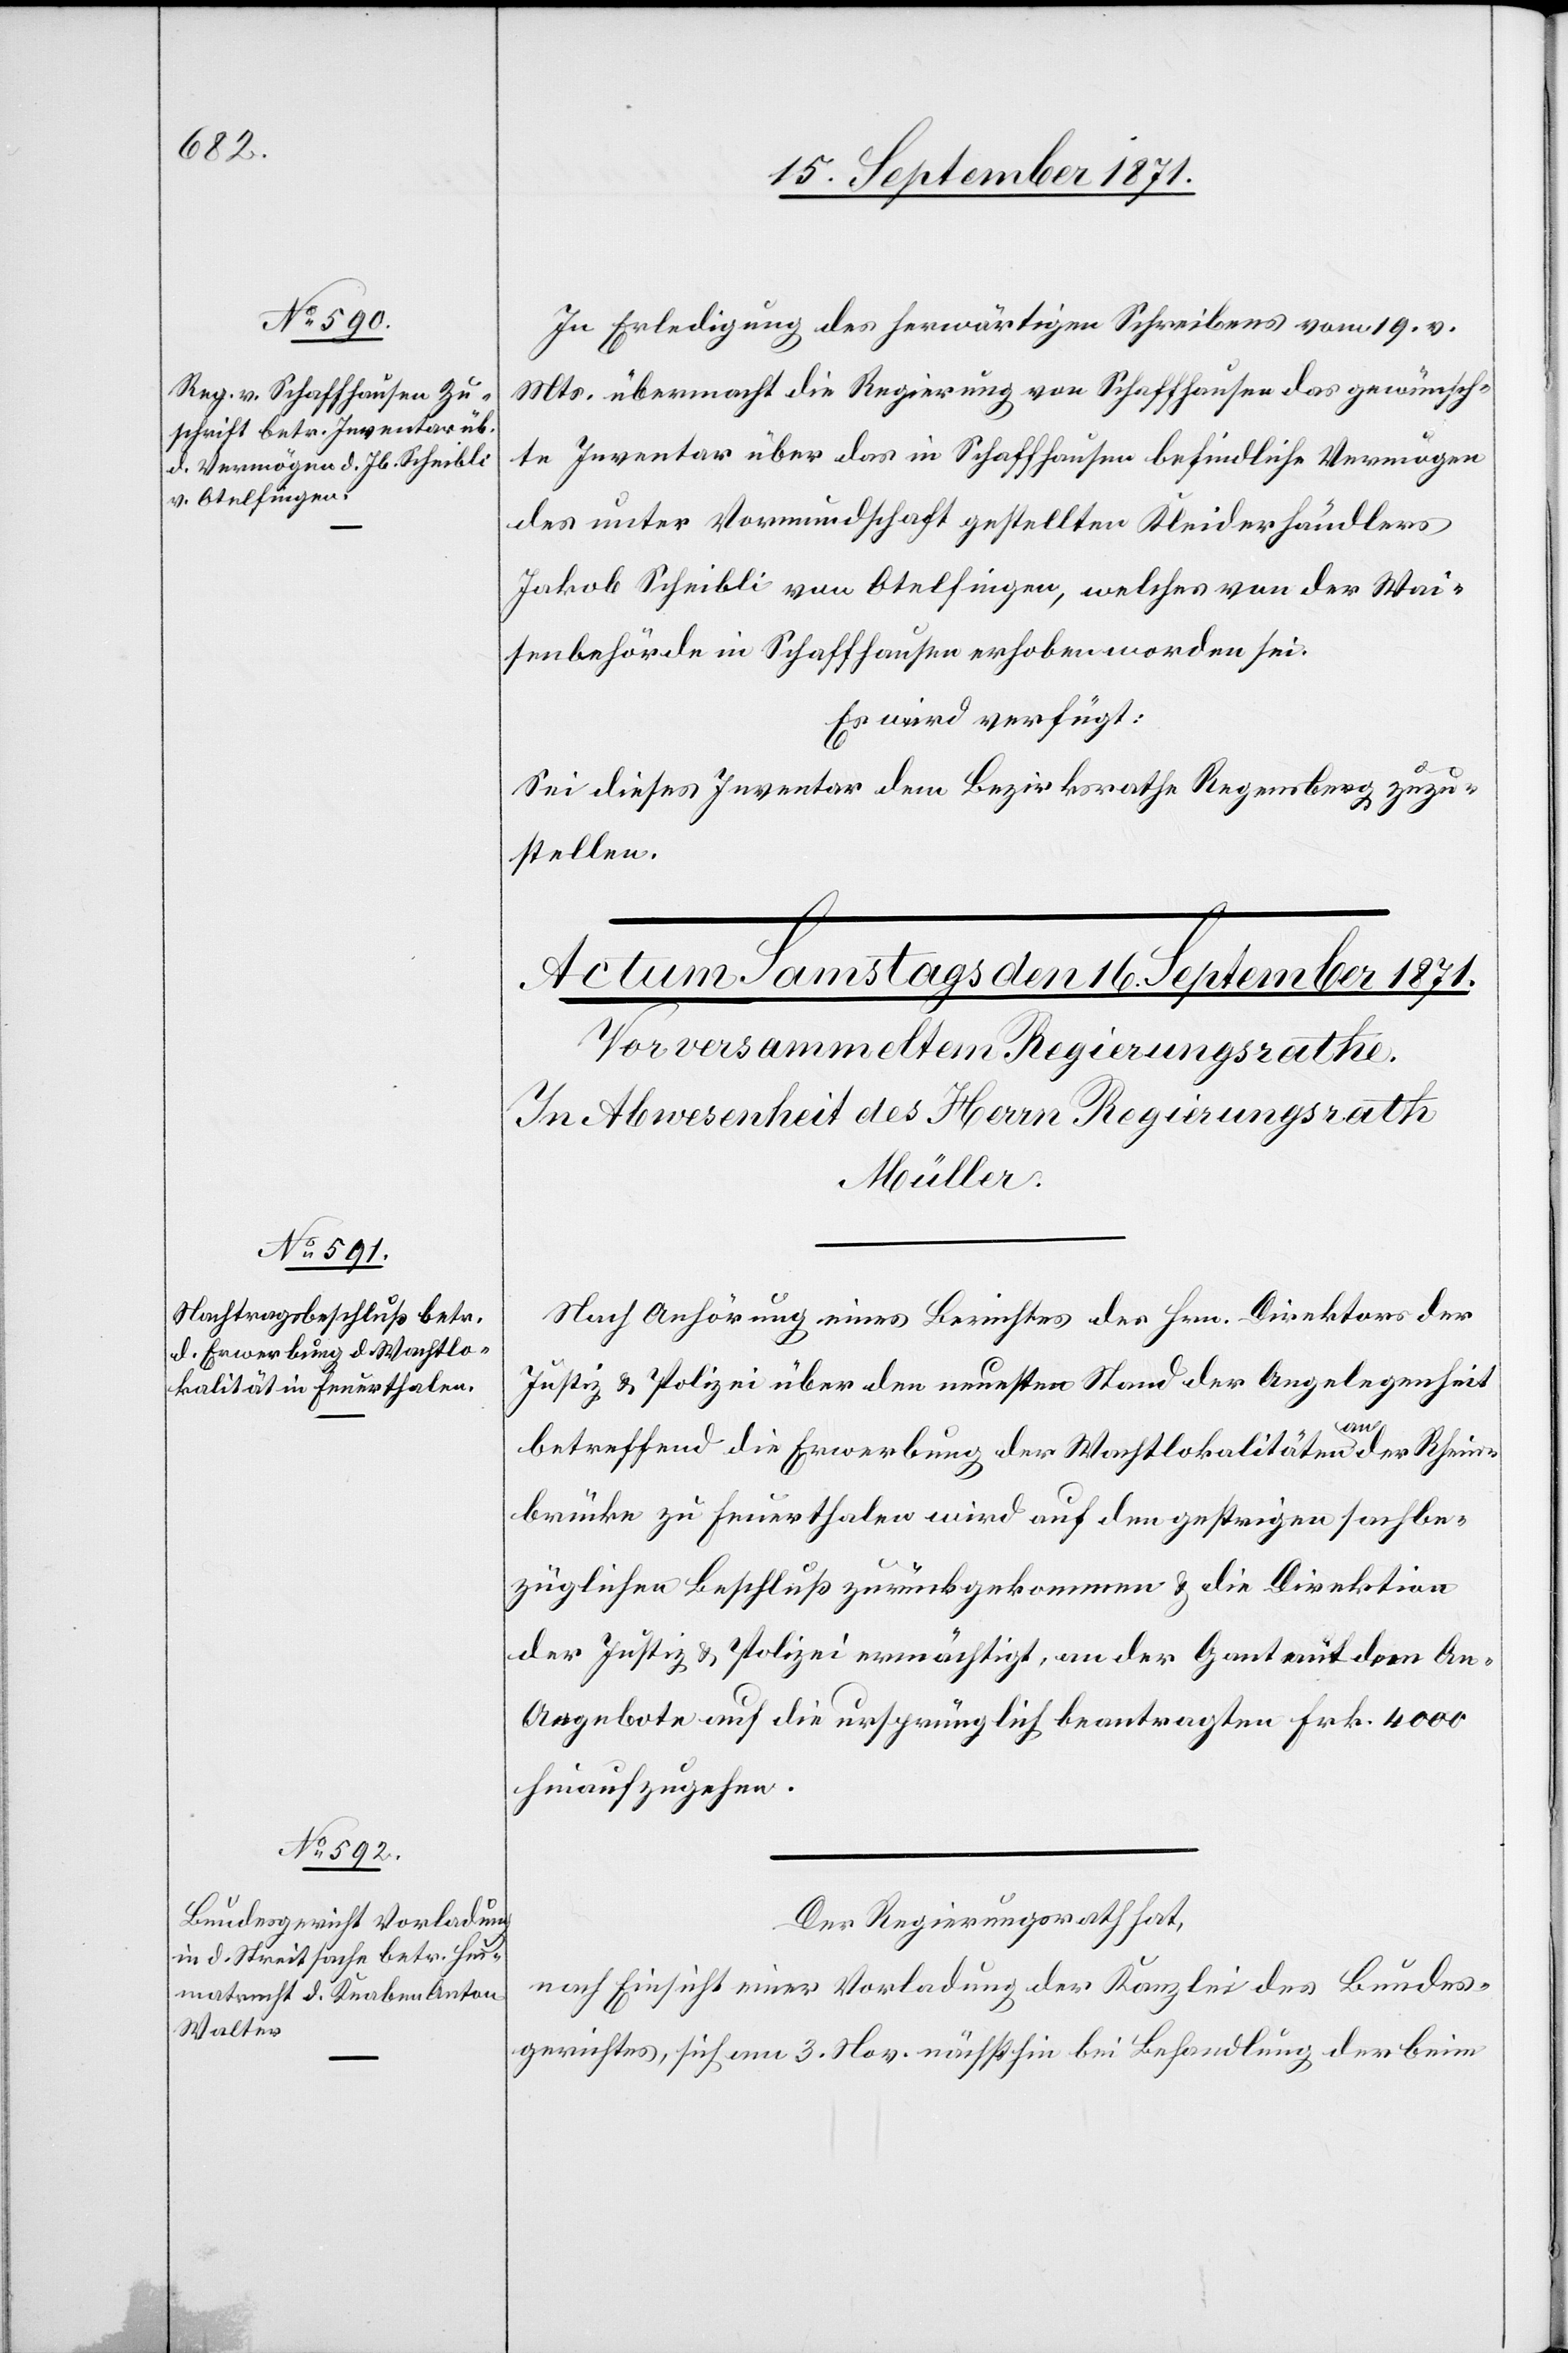
15. September 1871.]
In Erledigung des herwärtigen Schreibens vom 19. v.
Mts. übermacht die Regierung von Schaffhausen das gewünsch¬
te Inventar über das in Schaffhausen befindliche Vermögen
des unter Vormundschaft gestellten Kleiderhändlers
Jakob Scheibli von Otelfingen, welches von der Wai¬
senbehörde in Schaffhausen erhoben worden sei.
Es wird verfügt:
Sei dieses Inventar dem Bezirksrathe Regensberg zuzu¬
stellen.
Nach Anhörung eines Berichtes des Hrn. Direktors der
Justiz & Polizei über den neuesten Stand der Angelegenheit
betreffend die Erwerbung der Wachtlokalitäten an der Rhein¬
brücke zu Feuerthalen wird auf den gestrigen sachbe¬
züglichen Beschluß zurückgekommen & die Direktion
der Justiz & Polizei ermächtigt, an der Gant mit dem A¬
n-Angebote [sic!] auf die ursprünglich beantragten Frk. 4000
hinaufzugehen.
Der Regierungsrath hat,
nach Einsicht einer Vorladung der Kanzlei des Bundes¬
gerichtes, sich am 3. Nov. nächsthin bei Behandlung der beim